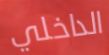
الداخلي